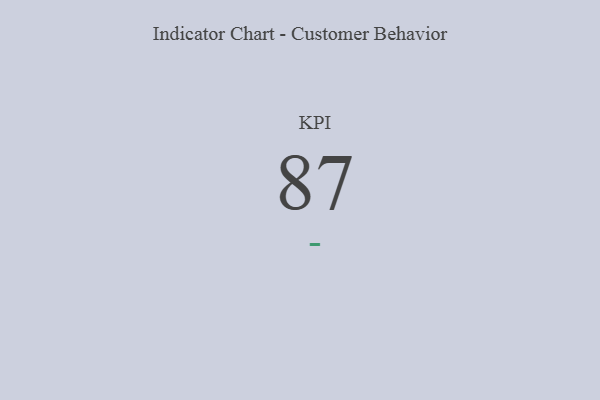
{"axis": {"x": "KPI", "y": "Value"}, "legend": [""], "data": [{"x": "KPI", "y": 87, "type": ""}]}